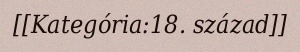
[[Kategória:18. század]]